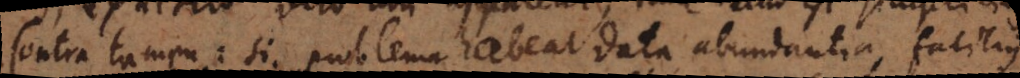
Contra tamen: si problema habeat data abundantia, facilius